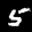
Label: 5